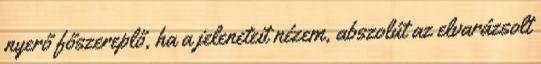
nyerő főszereplő, ha a jeleneteit nézem, abszolút az elvarázsolt